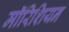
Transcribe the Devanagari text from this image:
मॉरिशियन